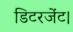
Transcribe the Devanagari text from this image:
डिटरजेंट।